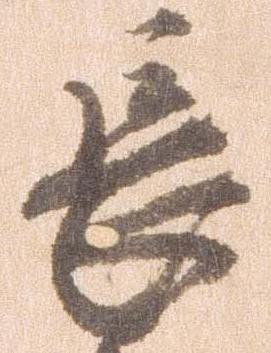
長